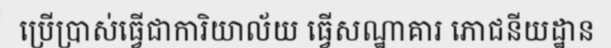
ប្រើប្រាស់ធ្វើជាការិយាល័យ ធ្វើសណ្ឋាគារ ភោជនីយដ្ឋាន